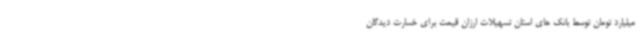
میلیارد تومان توسط بانک های استان تسهیلات ارزان قیمت برای خسارت دیدگان